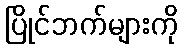
ပြိုင်ဘက်များကို